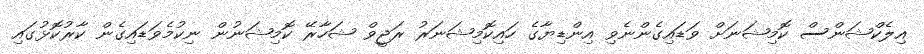
އިލެކްޝަންސް ކޮމިޝަނަށް ވަޑައިގެންނެވި އިންޑިޔާގެ ހައިކޮމިޝަނަރު ރަޖީވް ޝަހާރޭ ކޮމިޝަނުން ނިކުމެވަޑައިގެން ކާރުކޮޅުގައި